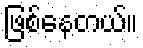
ဖြစ်နေတယ်။